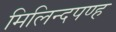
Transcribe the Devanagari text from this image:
मिलिन्दपण्ह